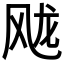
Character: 𲋐